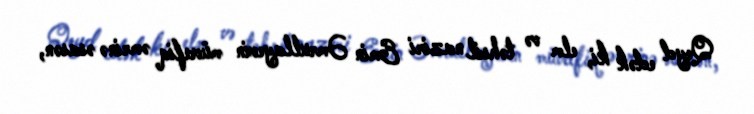
Qeyd edək ki, elm və təhsil naziri Emin Əmrullayevin müvafiq əmrinə əsasən,